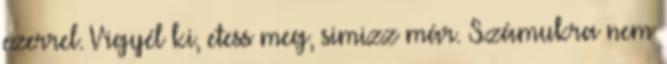
ezerrel. Vigyél ki, etess meg, simizz már. Számukra nem